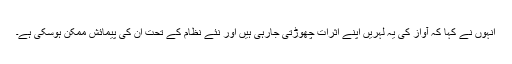
انہوں نے کہا کہ آواز کی یہ لہریں اپنے اثرات چھوڑتی جارہی ہیں اور نئے نظام کے تحت ان کی پیمائش ممکن ہوسکی ہے۔